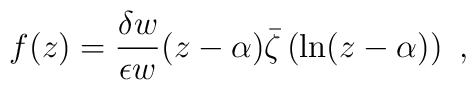
f(z)=\frac{\delta w}{\epsilon w}(z-\alpha )\bar \zeta \left( \ln (z-\alpha )\right) \ ,